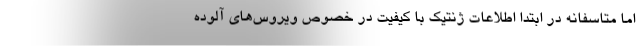
اما متاسفانه در ابتدا اطلاعات ژنتیک با کیفیت در خصوص ویروس‌های آلوده